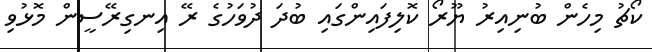
ކޯޗު މިހެން ބުނިއިރު ޔޫރޯ ކޮލިފައިންގައި ބުދަ ދުވަހުގެ ރޭ އިނގިރޭސީން މޮޅުވި